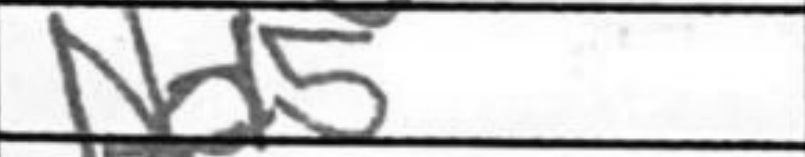
Transcription: Nd5